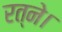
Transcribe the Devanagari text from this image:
रत्ने।